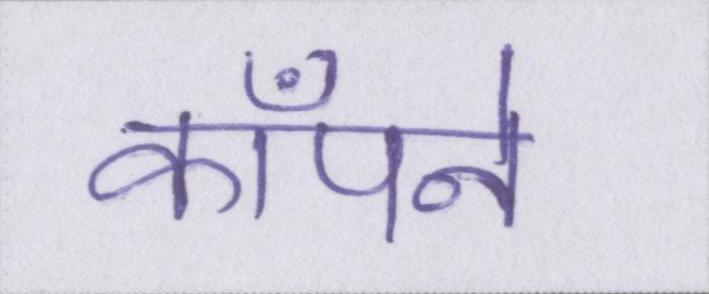
काँपने